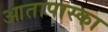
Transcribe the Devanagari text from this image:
आतापास्का